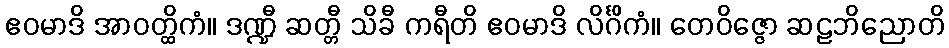
ဧဝမာဒိ အာဝတ္ထိကံ။ ဒဏ္ဍီ ဆတ္တီ သိခီ ကရီတိ ဧဝမာဒိ လိင်္ဂိကံ။ တေဝိဇ္ဇော ဆဠဘိညောတိ